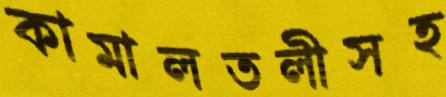
কামালতলীসহ